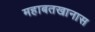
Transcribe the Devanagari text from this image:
महाबतखानास